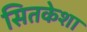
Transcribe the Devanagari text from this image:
सितकेशा